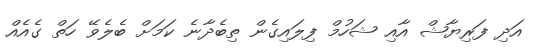
އަދި ފަރިޔާޝް އާއި ޝަހުމް ފިލައިގެން ތިބެދާނެ ކަމަށް ބެލެވޭ ހަތް ގެއެއް